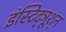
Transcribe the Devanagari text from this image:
इंस्टिट्ञूश्ंन